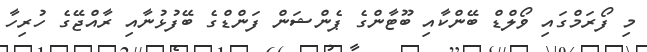
މި ފޯރަމްގައި ވޯލްޑް ބޭންކާއި ބޫޓާންގެ ޕެންޝަން ފަންޑްގެ ބޭފުޅުނާއި ރާއްޖޭގެ ހުރިހާ